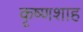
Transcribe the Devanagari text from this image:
कृष्णशाह